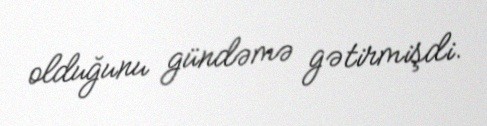
olduğunu gündəmə gətirmişdi.